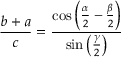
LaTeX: { \frac { b + a } { c } } = { \frac { \cos \left( { \frac { \alpha } { 2 } } - { \frac { \beta } { 2 } } \right) } { \sin \left( { \frac { \gamma } { 2 } } \right) } }